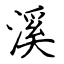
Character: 溪